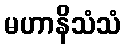
မဟာနိသံသံ